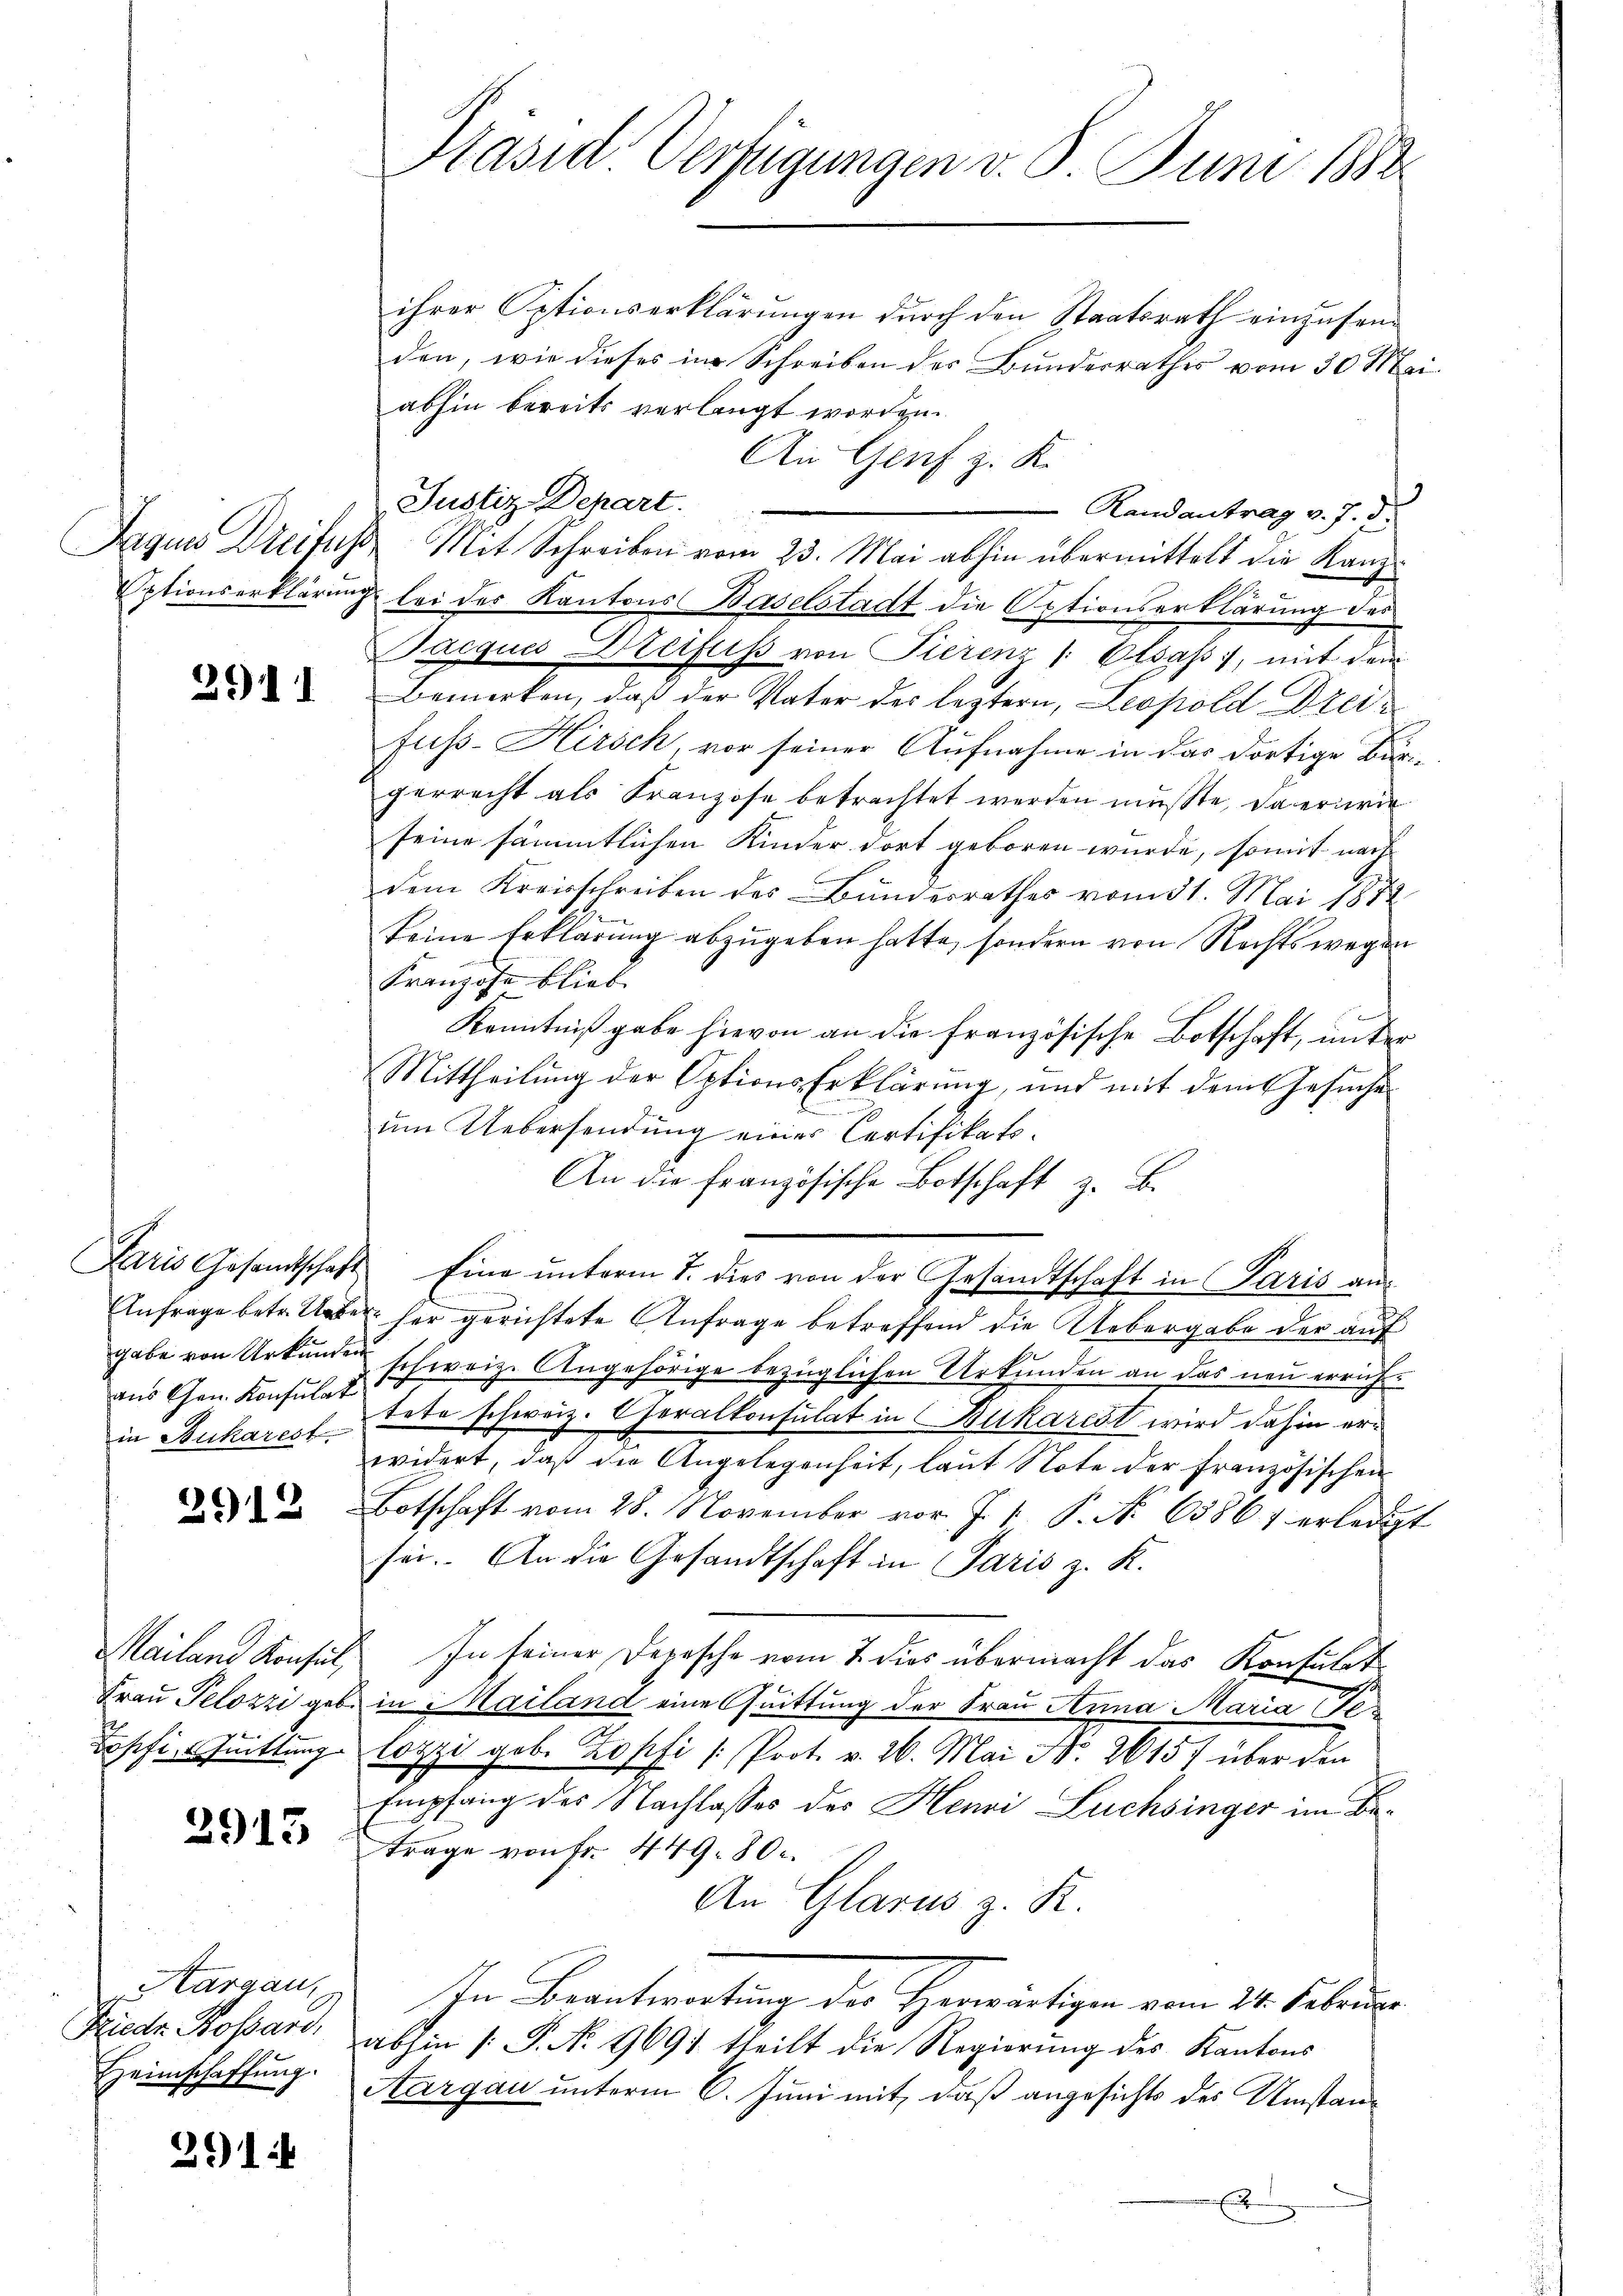
2911

aus Gen. Konsulat
in Bukarest

2912

Mailand Konsul,
Bosfiuittung

2913

argau,
Kiedr. Rossard,
Heimschaffung.

291

Präsid Verfügungen v. 8. Juni 1882

ihrer Optionserklärŭngen dŭrch den Staatsrath einzusenden, wie dieses in Schreiben des Bunderrathes vom 30. Mai
abhin bereits verlangt worden.
An Genf z. K.
Justiz-Depart.
Randantrag v. J. ds.
Jaquis Dreifus Mit Schreiben vom 23. Mai abhin übermittelt die Kanz
Optionserklärung bei der Kantons Baselstadt die Aptionserklärung des
Jacques Stetfuss von Tierenz (Olsaß, mit dem
Bemerken, daß der Vater des leztern, Leopold Dreifuss-Hirsch, vor seiner Aufnahme in das dortige Bürgerrecht als Franzose betrachtet werden müßte, da erwie
seine sämmtlichen Kinder dort geboren wurde, somit nach
dem Kreisschreiben des Bundesrathes vom 31. Mai 1872
keine Erklärung abzugeben hatte, sondern von Rechtswegen
Franzose blieb.
Kenntnißgabe hievon an die französische Botschaft, unter
Mittheilung der Options-Erklärung, und mit dem Gesuche
u
um Uebersendung einer Certifikats¬
An die Französische Botschaft z. B.
Paris Gesandtschaft Eine ŭnterm 7. dies von der Gesandtschaft in Paris an
Anfrage betr. Ueber her gerichtete Anfrage betreffend die Uebergabe der auf
gabe von Urkunden schweiz. Angehörige bezüglichen Urkunden an das neu errichtete schweiz. Cheralkonsulat in Bukarest wird dahin erwidert, daß die Angelegenheit, laut Note der Französischen
Botschaft vom 28. November vor. J. 1. P. No 63867 erledigt
sei. An die Gesandtschaft in Paris z. K.
In seiner Depesche vom 7. dies übermacht das Konsulat
Frau Pelozzi geb. in Mailand eine Quittung der Frau Anna Maria Felozzi geb. Zopfi /: Prot. v. 26. Mai No. 26157 über den
Empfang des Nachlasses des Henni Lüchsinger im Betrage von Fr. 449. 80.
An Glarus z. R.
In Beantwortung der Herwärtigen vom 24. Februar
abhin /: P. N. 1691 theilt die Regierŭng des Kantons
Aargau unterm 6. Juni mit, daß angesichts des Umstan¬
 E